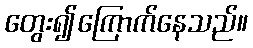
တွေး၍ကြောက်နေသည်။